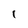
Character: 1